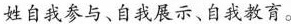
姓自我参与、自我展示、自我教育。